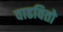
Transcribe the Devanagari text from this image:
वाढवितो